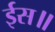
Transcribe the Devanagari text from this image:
ईस॥